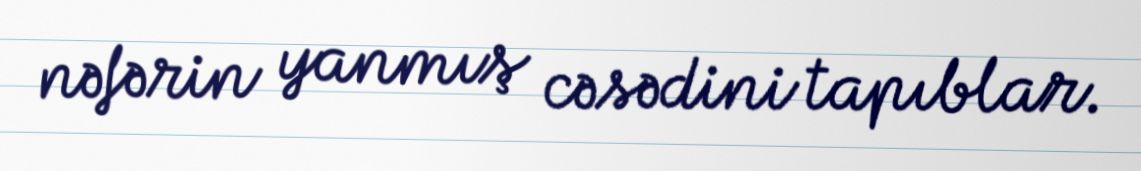
nəfərin yanmış cəsədini tapıblar.